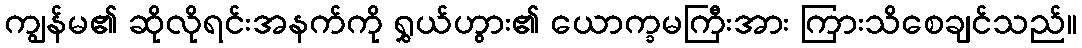
ကျွန်မ၏ ဆိုလိုရင်းအနက်ကို ရွှယ်ဟွား၏ ယောက္ခမကြီးအား ကြားသိစေချင်သည်။